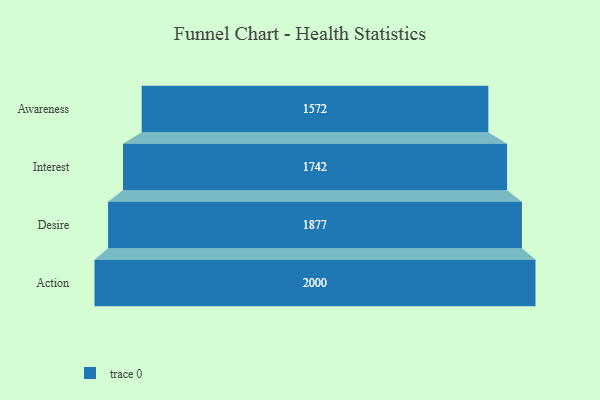
{"axis": {"x": "Stage", "y": "Value"}, "legend": [""], "data": [{"x": "Awareness", "y": 1572.0, "type": ""}, {"x": "Interest", "y": 1742.0, "type": ""}, {"x": "Desire", "y": 1877.0, "type": ""}, {"x": "Action", "y": 2000, "type": ""}]}